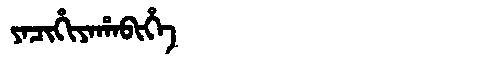
Manchu: ᠶᠠᠴᡳᡥᡳᠶᠠᡥᠠᠪᡳᡥᡝ
Romanization: YACIHIYAHABIHE